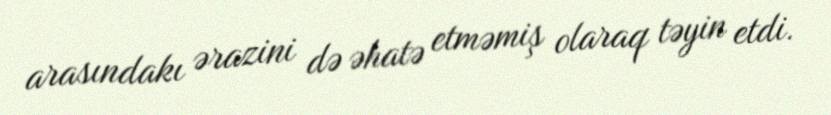
arasındakı ərazini də əhatə etməmiş olaraq təyin etdi.